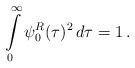
LaTeX: \begin{align*}\int\limits_0^\infty \psi_0^R(\tau)^2\, d\tau =1\,.\end{align*}